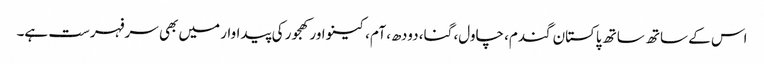
اس کے ساتھ ساتھ پاکستان گندم، چاول، گنا، دودھ، آم، کینو اور کھجور کی پیداوار میں بھی سرفہرست ہے۔